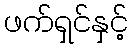
ဖက်ရှင်နှင့်